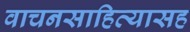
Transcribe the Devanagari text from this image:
वाचनसाहित्यासह